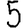
Digit: 5